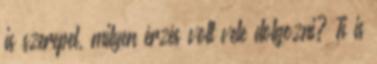
is szerepel, milyen érzés volt vele dolgozni? Ti is